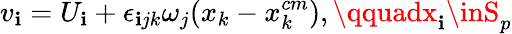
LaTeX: v_{\mathbf{i}}=U_{\mathbf{i}}+\epsilon_{\mathbf{i}jk}\omega_{j}(x_{k}-x_{k}^{cm}),\qquadx_{\mathbf{i}}\inS_{p}